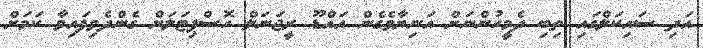
އަދި ސައިކަލްގައި ތިބި ދެމީހުންނަށް އަނިޔާވެގެން އައްޑޫ ރީޖަނަލް ހޮސްޕިޓަލަށް ގެންދެވިފައިވާ ކަމަށް